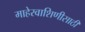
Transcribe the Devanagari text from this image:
माहेरवाशिणीसाठी